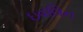
ઇવલિન